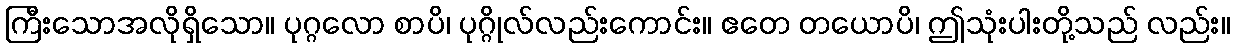
ကြီးသောအလိုရှိသော။ ပုဂ္ဂလော စာပိ၊ ပုဂ္ဂိုလ်လည်းကောင်း။ ဧတေ တယောပိ၊ ဤသုံးပါးတို့သည် လည်း။